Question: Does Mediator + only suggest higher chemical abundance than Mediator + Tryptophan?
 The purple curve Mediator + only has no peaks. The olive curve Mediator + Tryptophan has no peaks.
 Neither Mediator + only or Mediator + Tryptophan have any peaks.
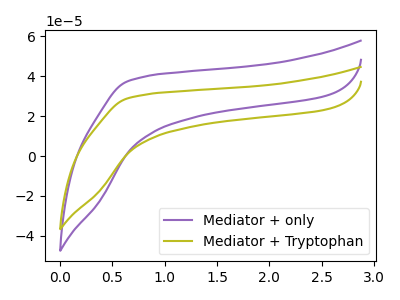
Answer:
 <answer>I cant tell if "Mediator + only" or "Mediator + Tryptophan" has more signal.</answer>
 <eval>mixed_signal</eval>